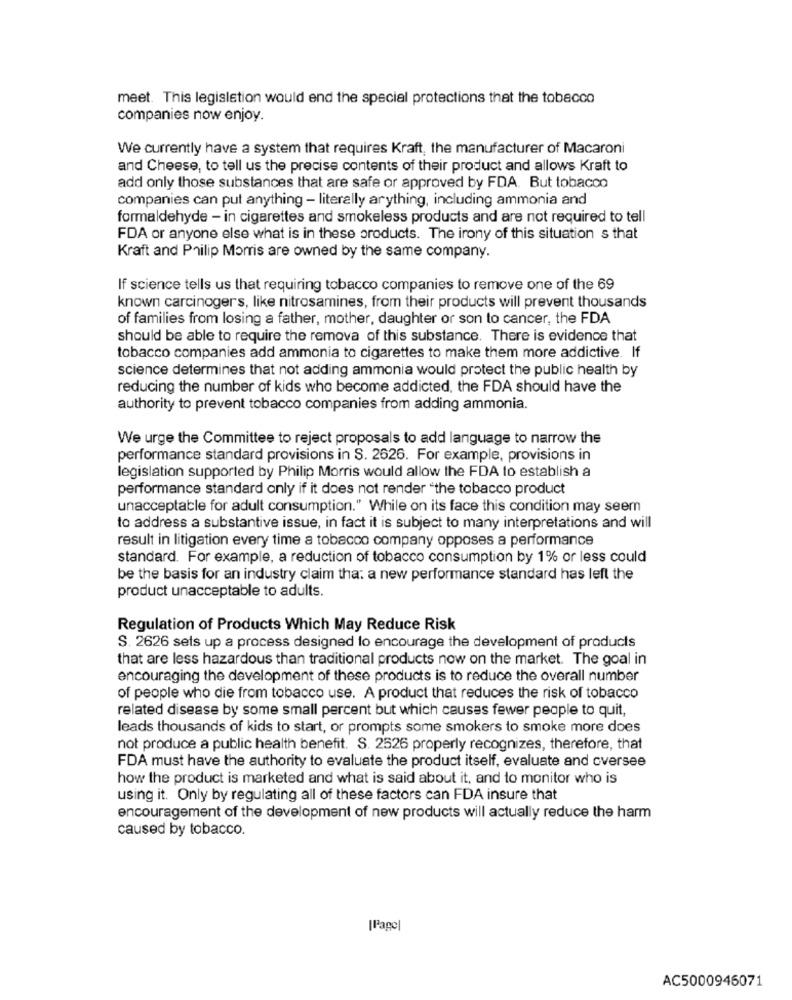
meet. This legislation would end the special protections that the tobacco
companies now enjoy.
We currently have a system that requires Kraft, the manufacturer of Macaroni
and Cheese, to tell us the precise contents of their product and allows Kraft to
add only those substances that are safe or approved by FDA. But tobacco
companies can put anything - literally arything, including ammonia and
formaldehyde - in cigarettes and smokeless products and are not required to tell
FDA or anyone else what is in these products. The irony of this situation s that
Kraft and Philip Morris are owned by the same company.
If science tells us that requiring tobacco companies to remove one of the 69
known carcinogers, like nitrosamines, from their products will prevent thousands
of families from losing a father, mother, daughter or son to cancer, the FDA
should be able to require the remova of this substance. There is evidence that
tobacco companies add ammonia to cigarettes to make them more addictive. If
science determines that not adding ammonia would protect the public health by
reducing the number of kids who become addicted, the FDA should have the
authority to prevent tobacco companies from adding ammonia.
We urge the Committee to reject proposals to add language to narrow the
performance standard provisions in S. 2626. For example, provisions in
legislation supported by Philip Morris would allow the FDA to establish a
performance standard only if it does not render "the tobacco product
unacceptable for adult consumption." While on its face this condition may seem
to address a substantive issue, in fact it is subject to many interpretations and will
result in litigation every time a tobacco company opposes a performance
standard. For example, a reduction of tobacco consumption by 1% or less could
be the basis for an industry claim tha: a new performance standard has left the
product unacceptable to adults.
Regulation of Products Which May Reduce Risk
S. 2626 sets up a process designed to encourage the development of products
that are less hazardous than traditional products now on the market. The goal in
encouraging the development of these products is to reduce the overall number
of people who die from tobacco use. A product that reduces the risk of tobacco
related disease by some small percent but which causes fewer people to quit,
leads thousands of kids to start, or prompts some smokers to smoke more does
not produce a public health benefit. S. 2526 properly recognizes, therefore, that
FDA must have the authority to evaluate the product itself, evaluate and oversee
how the product is marketed and what is said about it, and to monitor who is
using it. Only by regulating all of these factors can FDA insure that
encouragement of the development of new products will actually reduce the harm
caused by tobacco.
[Page]
AC5000946071